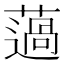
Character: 薖